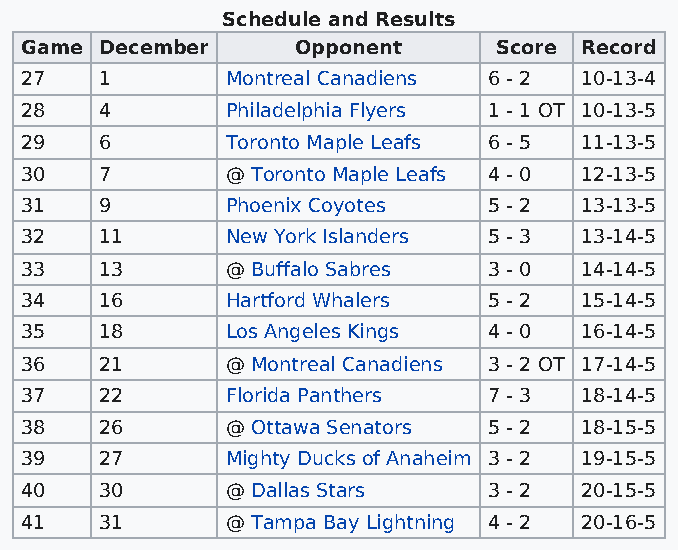
Schedule and Results
 Game  December     Opponent     Score Record
 27    1       Montreal Canadiens 6 - 2 10-13-4
 28    4       Philadelphia Flyers 1 - 1 OT 10-13-5
 29    6       Toronto Maple Leafs 6 - 5 11-13-5
 30    7       @ Toronto Maple Leafs 4 - 0 12-13-5
 31    9       Phoenix Coyotes  5 - 2 13-13-5
 32    11      New York Islanders 5 - 3 13-14-5
 33    13      @ Buffalo Sabres 3 - 0 14-14-5
 34    16      Hartford Whalers 5 - 2 15-14-5
 35    18      Los Angeles Kings 4 - 0 16-14-5
 36    21      @ Montreal Canadiens 3 - 2 OT 17-14-5
 37    22      Florida Panthers 7 - 3 18-14-5
 38    26      @ Ottawa Senators 5 - 2 18-15-5
 39    27      Mighty Ducks of Anaheim 3 - 2 19-15-5
 40    30      @ Dallas Stars   3 - 2 20-15-5
 41    31      @ Tampa Bay Lightning 4 - 2 20-16-5